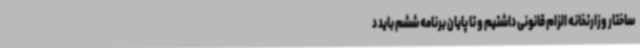
ساختار وزارتخانه الزام قانونی داشتیم و تا پایان برنامه ششم باید د